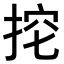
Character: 𢭔